Medical and sanitary report of the native army of Bengal for the year
Year: 1877
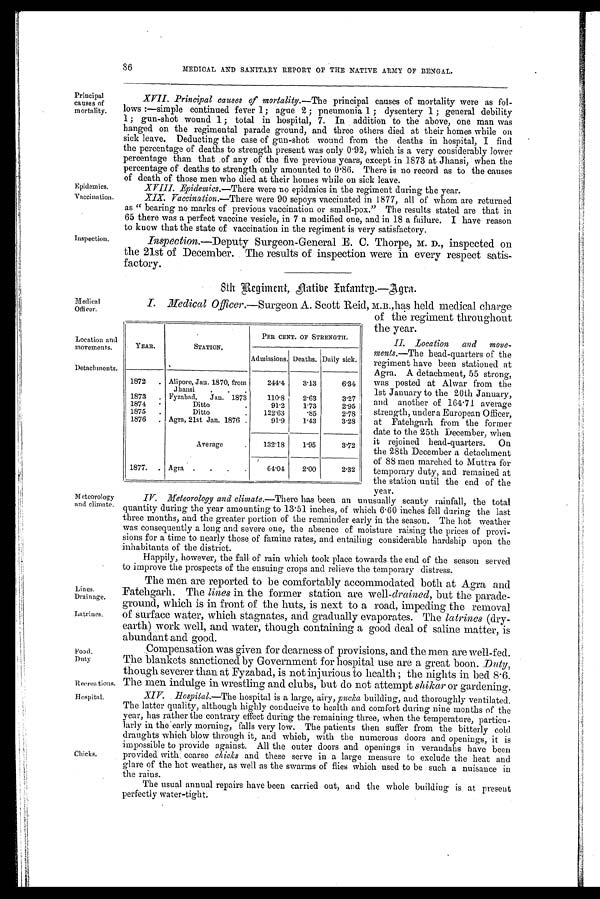
86
MADICAL AND SANITARY REPORT OF THE NATIVE ARMY OF BENGAL.
Principal
causes of
mortality.
Epidemics.
Vaccination.
Inspection.
XVII. Principal causes of mortality.— The principal causes of mortality were as fol-
lows :—simple continued fever 1; ague 2 ; pneumonia 1; dysentery 1; general debility
1; gun-shot wound 1; total in hospital, 7. In addition to the above, one man was
hanged on the regimental parade ground, and three others died at their homes while on
sick leave. Deducting the case of gun-shot wound from the deaths in hospital, I find
the percentage of deaths to strength present was only 0 . 92, which is a very considerably lower
percentage than that of any of the five previous years, except in 1873 at Jhansi, when the
percentage of deaths to strength only amounted to 0 . 86. There is no record as to the causes
of death of those men who died at their homes while on sick leave.
XVIII.
Epidemics.—There were no epidmics in the regiment during the year.
XIX. Vaccination.—There were 90 sepoys vaccinated in 1877, all of whom are returned
as "bearing no marks of previous vaccination or small-pox." The results stated are that in
65 there was a perfect vaccine vesicle, in 7 a modified one, and in 18 a failure. I have reason
to know that the state of vaccination in the regiment is very satisfactory.
Inspection.—Deputy Surgeon-General E. C. Thorpe, M. D., inspected on
the 21st of December. The results of inspection were in every respect satis-
factory.
8th Regiment, native Infantry.—Agra.
Medical
Officer.
Location and
movements.
Detachments,
Meteorology
and climate.
Lines,
Drainage.
Latrines.
Food.
Duty
Recreations.
Hospital.
Chicks,
I. Medical Officer.—Surgeon A. Scott Reid, m.B.,has held medical charge
of the regiment throughout
the year.
II. Location and move-
ments.—The head-quarters of the
regiment have been stationed at
Agra. A detachment, 55 strong,
was posted at Alwar from the
1st January to the 20th January,
and another of 164. 71 average
strength, under a European Officer,
at Fatehgarh from the former
date to the 25th December, when
it rejoined head-quarters. On
the 28th December a detachment
of 88 men marched to Muttra for
temporary duty, and remained at
the station until the end of the
year.
IV. Meteorology and climate.—There has been an unusually scanty rainfall, the total
quantity during the year amounting to 13 . 51 inches, of which 6 . 60 inches fell during the last
three months, and the greater portion of the remainder early in the season. The hot weather
was consequently a long and severe one, the absence of moisture raising the prices of provi-
sions for a time to nearly those of famine rates, and entailing considerable hardship upon the
inhabitants of the district.
Happily, however, the fall of rain which took place towards the end of the season served
to improve the prospects of the ensuing crops and relieve the temporary distress.
The men are reported to be comfortably accommodated both at Agra and
Fatehgarh. The lines in the former station are well-drained, but the parade-
ground, which is in front of the huts, is next to a road, impeding the removal
of surface water, which stagnates, and gradually evaporates. The latrines (dry-
earth) work well, and water, though containing a good deal of saline matter, is
abundant and good.
Compensation was given for dearness of provisions, and the men are well-fed.
The blankets sanctioned by Government for hospital use are a great boon. Duty,
though severer than at Fyzabad, is not injurious to health ; the nights in bed 8.6.
The men indulge in wrestling and clubs, but do not attempt shikar or gardening.
XI V . Hospital.—The hospital is a large, airy, pucka building, and thoroughly ventilated.
The latter quality, although highly conducive to health and comfort during nine months of the
year, has rather the contrary effect during the remaining three, when the temperature, particu-
larly in the early morning, falls very low. The patients then suffer from the bitterly cold
draughts which blow through it, and which, with the numerous doors and openings, it is
impossible to provide against. All the outer doors and openings in verandahs have been
provided with: coarse clucks and these serve in a large measure to exclude the heat and
glare of the hot weather, as well as the swarms of flies which used to be such a nuisance in
t-he rains.
The usual annual repairs have been carried out, and the whole building is at present
perfectly water-tight.
YEAR.
•
STATION.
PER CENT. OF STRENGTH.
-
Admissions. Deaths. Daily sick.
1872
. Alipore, Jan. 1870, from
Jhansi
.
.
.
244.4
3.13
6.34
1873
. Fyzabad,
Jan. 1873
110.8
2.63
3.27
1874
.
Ditto
.
91.2
1.73
2.95
1875
.
Ditto
.
122.63
.85
2.78
1876
. Agra, 21st Jan. 1876 .
91.9
1.43
3.28
Average
.
132.18
1.95
3.72
1877.
.
Agra .
.
.
.
64.04
2.00
2.32